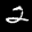
Label: 2